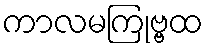
ကာလမကြုဗ္ဗထ